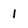
Character: 1